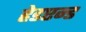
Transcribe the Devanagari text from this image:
हेडएन्ड